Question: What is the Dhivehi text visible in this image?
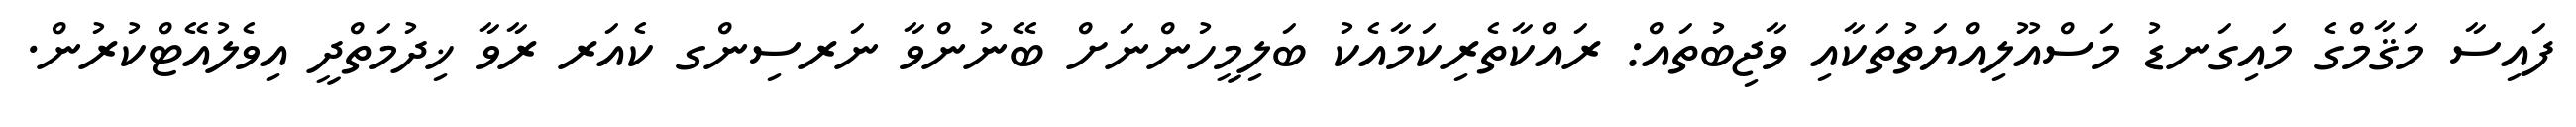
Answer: ފައިސާ މަޤާމްގެ މައިގަނޑު މަސްއޫލިއްޔަތުތަކާއި ވާޖިބުތައް: ރައްކާތެރިކަމާއެކު ބަލިމީހުންނަށް ބޭނުންވާ ނަރސިންގ ކެއަރ ރާވާ ޚިދުމަތްދީ އިވެލުއޭޓްކުރުން.